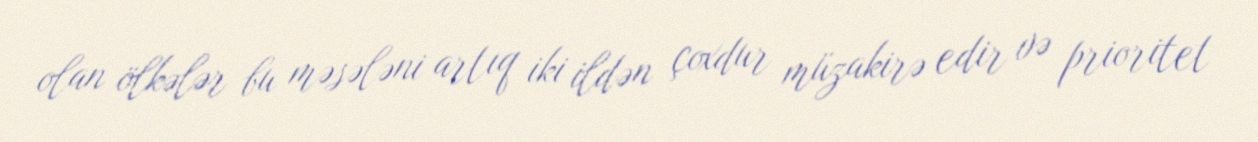
olan ölkələr bu məsələni artıq iki ildən çoxdur müzakirə edir və prioritet